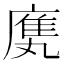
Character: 𫷿